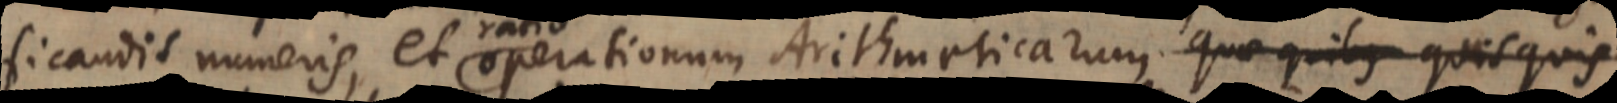
significandis numeris, et ratio operationum Arithmeticarum quae quibus quisquis